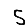
Digit: 5